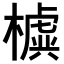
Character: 𣝛